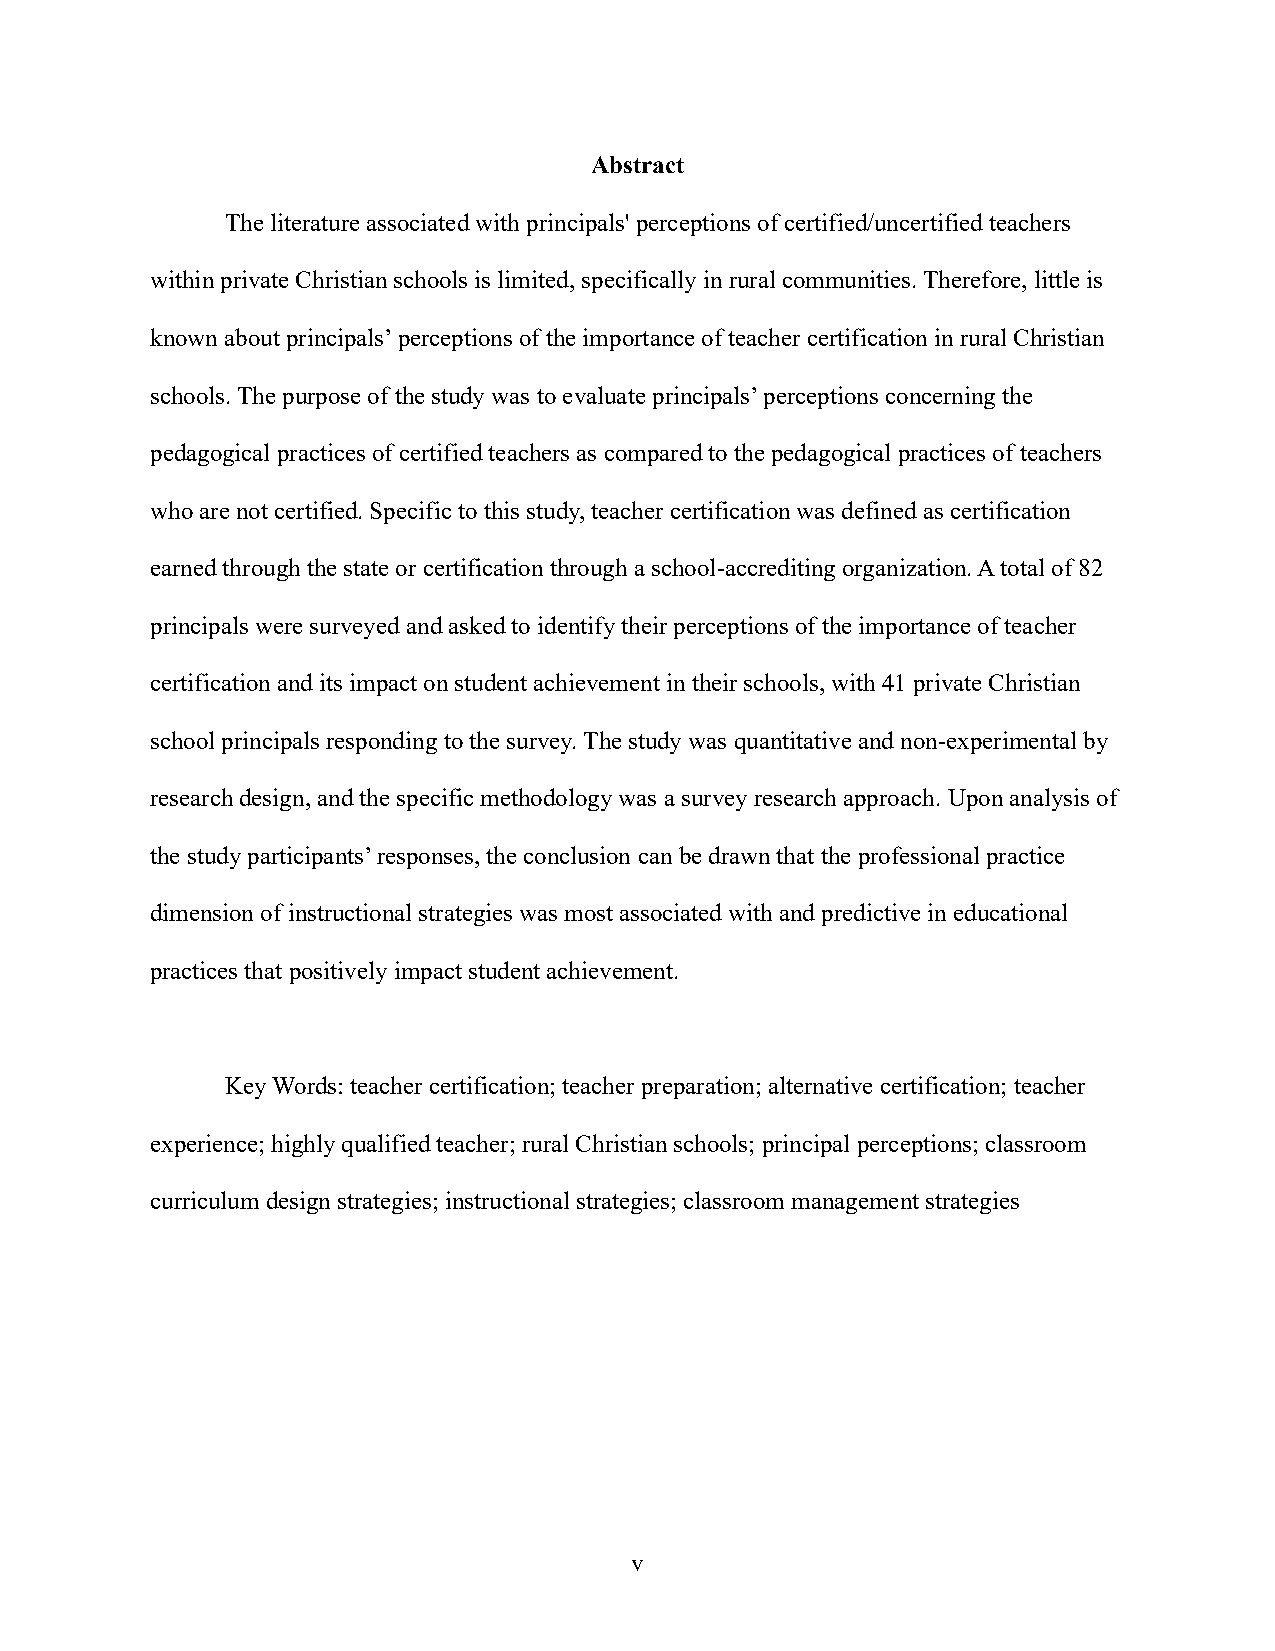
Abstract
 The literature associated with principals' perceptions of certified/uncertified teachers
 within private Christian schools is limited, specifically in rural communities. Therefore, little is
 known about principals’ perceptions of the importance of teacher certification in rural Christian
 schools. The purpose of the study was to evaluate principals’ perceptions concerning the
 pedagogical practices of certified teachers as compared to the pedagogical practices of teachers
 who are not certified. Specific to this study, teacher certification was defined as certification
 earned through the state or certification through a school-accrediting organization. A total of 82
 principals were surveyed and asked to identify their perceptions of the importance of teacher
 certification and its impact on student achievement in their schools, with 41 private Christian
 school principals responding to the survey. The study was quantitative and non-experimental by
 research design, and the specific methodology was a survey research approach. Upon analysis of
 the study participants’ responses, the conclusion can be drawn that the professional practice
 dimension of instructional strategies was most associated with and predictive in educational
 practices that positively impact student achievement.
 Key Words: teacher certification; teacher preparation; alternative certification; teacher
 experience; highly qualified teacher; rural Christian schools; principal perceptions; classroom
 curriculum design strategies; instructional strategies; classroom management strategies
 v